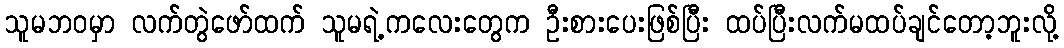
သူမဘဝမှာ လက်တွဲဖော်ထက် သူမရဲ့ကလေးတွေက ဦးစားပေးဖြစ်ပြီး ထပ်ပြီးလက်မထပ်ချင်တော့ဘူးလို့